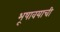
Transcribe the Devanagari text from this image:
भूषावयाची